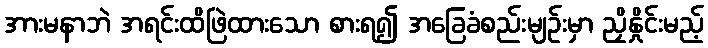
အားမနာဘဲ အရင်းထိဖြဲထားသော စားရ၍ အခြေခံစည်းမျဉ်းမှာ ညှိနှိုင်းမည့်